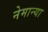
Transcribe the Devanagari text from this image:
नेमान्या